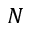
N